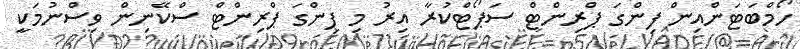
ހޯމްބަޓަންއިން ފިންގަ ޕްރިންޓް ސަޕޯޓްކުރާ އިރު މި ފިންގަ ޕްރިންޓް ސްކޭނިން ވިސްނުމަކީ